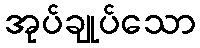
အုပ်ချုပ်သော